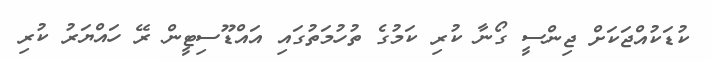
ކުޑަކުއްޖަކަށް ޖިންސީ ގޯނާ ކުރި ކަމުގެ ތުހުމަތުގައި އައްޑޫސިޓީން ރޭ ހައްޔަރު ކުރި